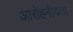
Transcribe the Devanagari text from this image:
आरोहनीयता